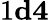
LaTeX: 1\le d\le 4